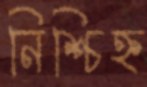
নিশ্চিহ্ন